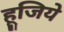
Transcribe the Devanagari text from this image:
हूजिये